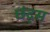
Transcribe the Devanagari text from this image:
छंद्स